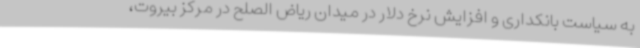
به سیاست بانکداری و افزایش نرخ دلار در میدان ریاض الصلح در مرکز بیروت،